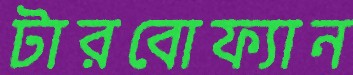
টারবোফ্যান